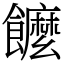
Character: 𩟠